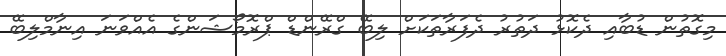
މިގޮތުން ޑުބާއި ދެކޮޅު ދަތުރު ދެފަރާތަކަށް ލިބޭ ގްރޭންޑް ޕްރޮމޯޝަންގެ އެއްވަނަ އިނާމްލިބޭ